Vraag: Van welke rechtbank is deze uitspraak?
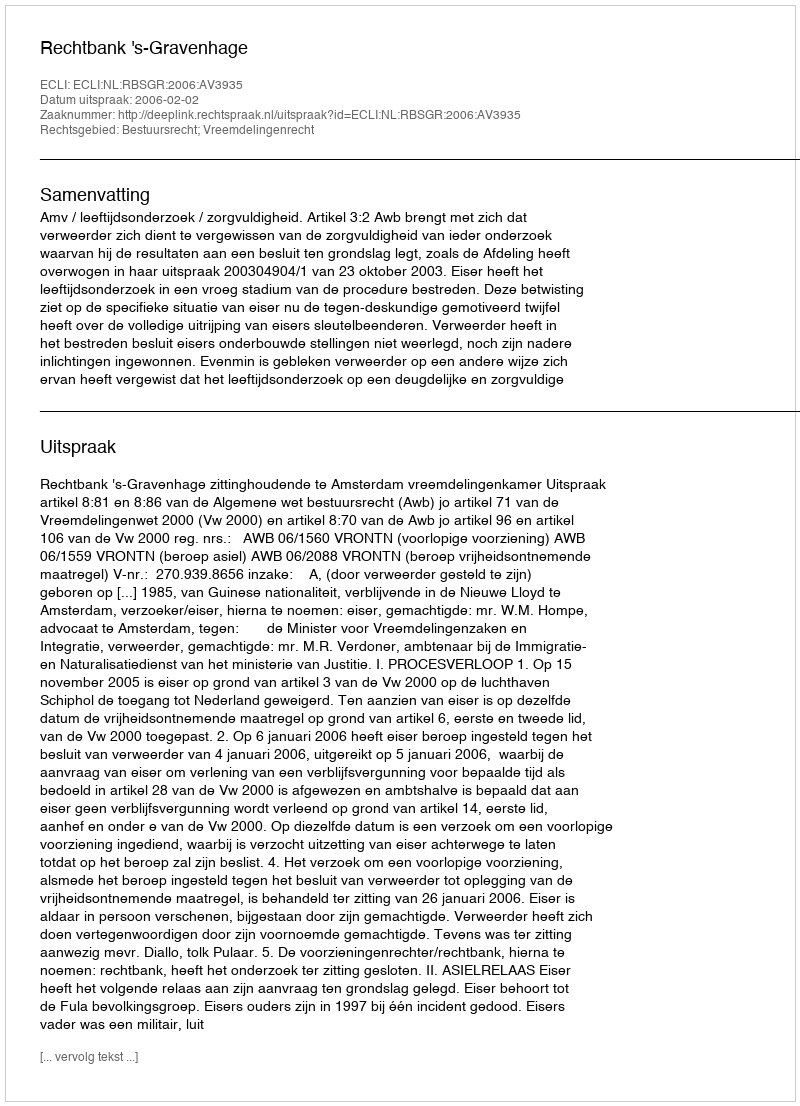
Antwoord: Rechtbank 's-Gravenhage